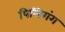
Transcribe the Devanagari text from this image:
पिलिगंग